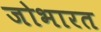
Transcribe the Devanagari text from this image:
जोभारत